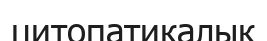
цитопатикалық